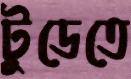
টুডেতে